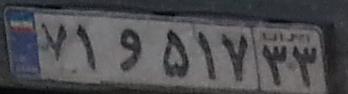
۷۱و۵۱۷۳۳